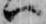
ハ